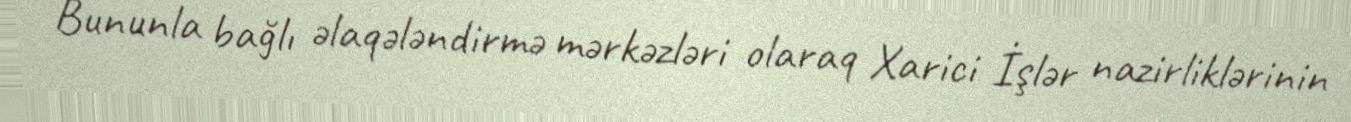
Bununla bağlı əlaqələndirmə mərkəzləri olaraq Xarici İşlər nazirliklərinin